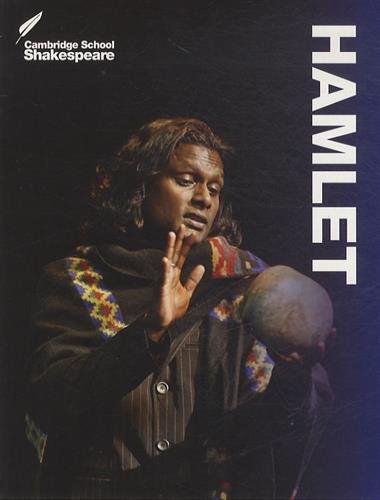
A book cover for Hamlet (Cambridge School Shakespeare); Rex Gibson; Literature & Fiction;